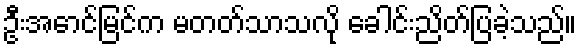
ဦးအောင်မြင်က မတတ်သာသလို ခေါင်းညိတ်ပြခဲ့သည်။